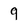
Character: 9